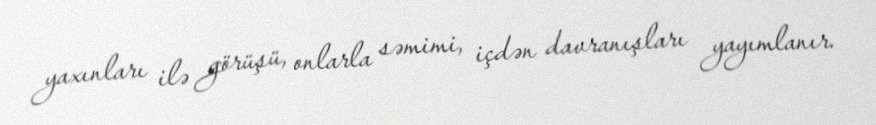
yaxınları ilə görüşü, onlarla səmimi, içdən davranışları yayımlanır.